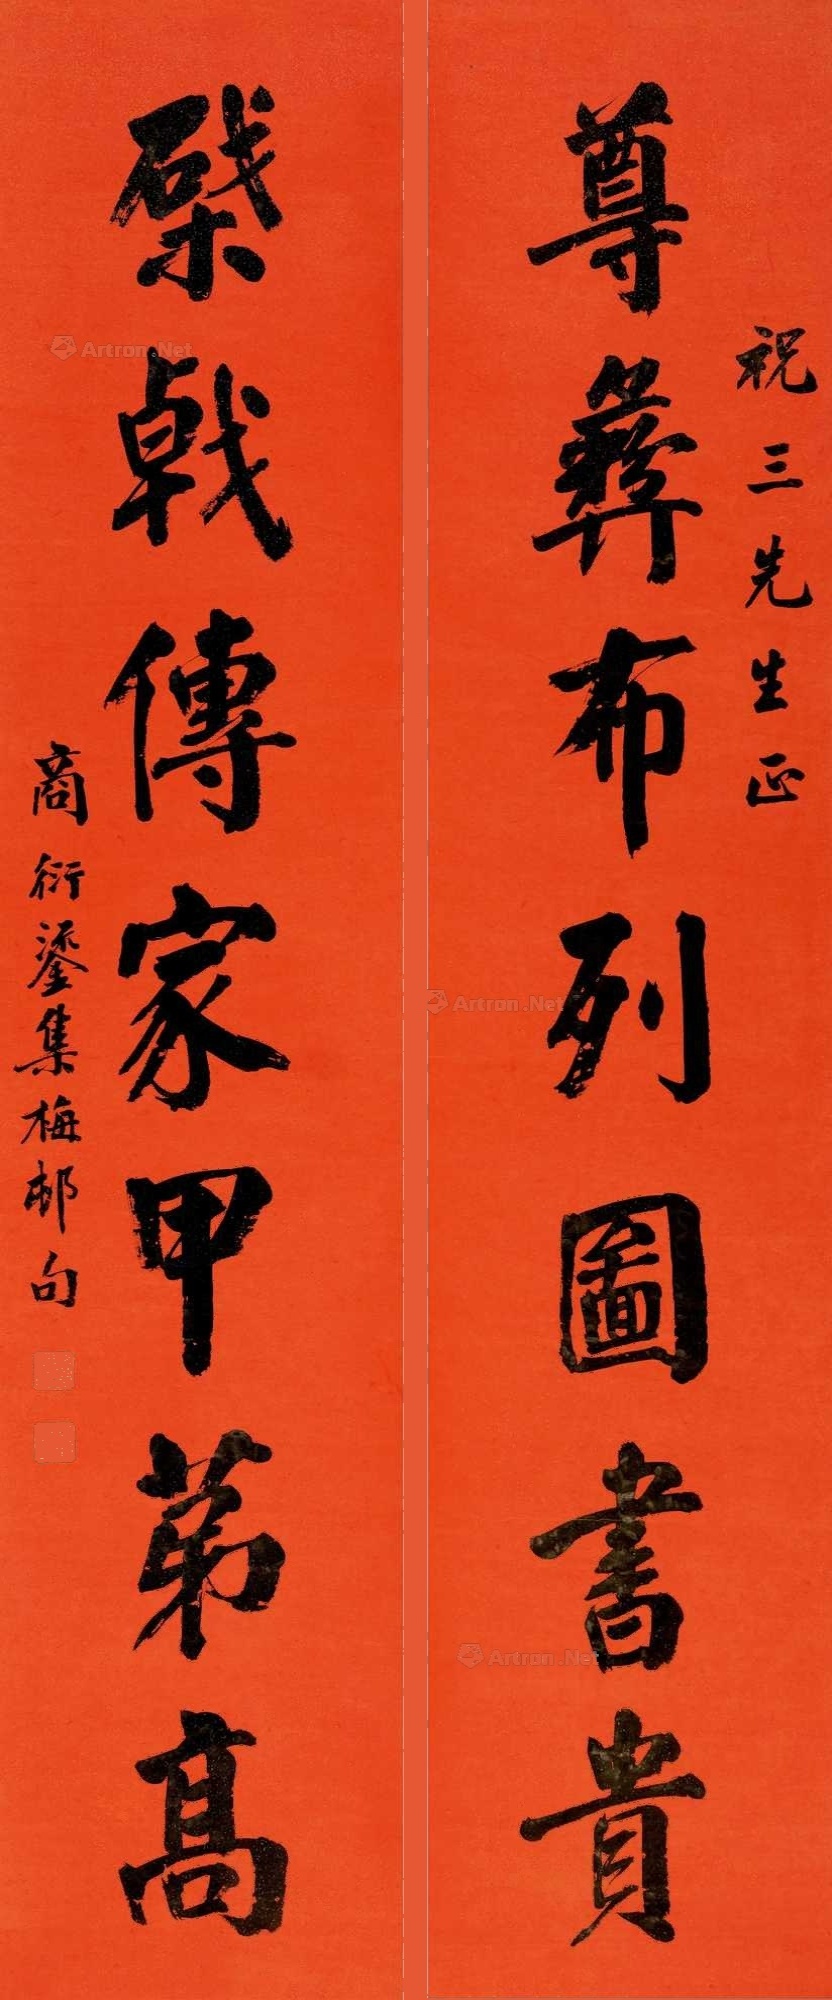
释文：尊彝布列图书贵，棨戟传家甲第高。祝三先生正，商衍鎏集梅邨句。